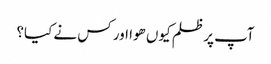
آپ پر ظلم کیوں ھوا اور کس نے کیا؟